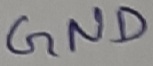
Text: GND